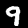
Label: 9